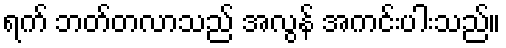
ရက် ဘတ်တလာသည် အလွန် အကင်းပါးသည်။